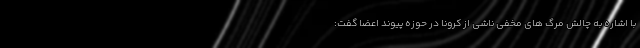
با اشاره به چالش مرگ های مخفی ناشی از کرونا در حوزه پیوند اعضا گفت: